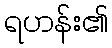
ရဟန်း၏